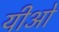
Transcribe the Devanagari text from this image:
यीओ